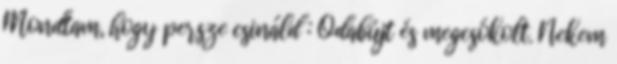
Mondtam, hogy persze csináld : Odabújt és megcsókolt. Nekem